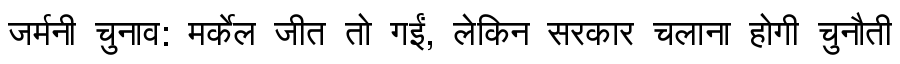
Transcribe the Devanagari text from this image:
जर्मनी चुनाव: मर्केल जीत तो गईं, लेकिन सरकार चलाना होगी चुनौती